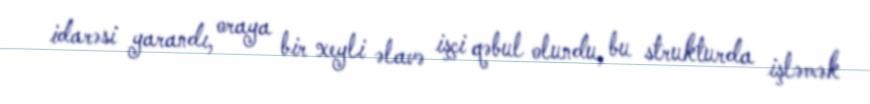
idarəsi yarandı, oraya bir xeyli əlavə işçi qəbul olundu, bu strukturda işləmək